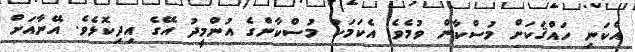
އެކަނި ހައްޤަކަށް މުސްކާން ވުމެވެ. އެކަމަކު މުސްކާންގެ އުންމީދު އޭގެ އިދިކޮޅެވެ. އޭނާއަށް